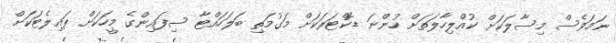
ނަމަވެސް މިސާލަކަށް ކުއްލިހާލަތަށް ހުންނަ ޑޮކްޓަރަކަށް މަގުމަތި ބަލަހައްޓާ ސިފައިންގެ މީހަކަށް ޕައިލެޓަކަށް